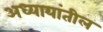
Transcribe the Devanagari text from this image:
अध्यायांतील